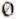
0